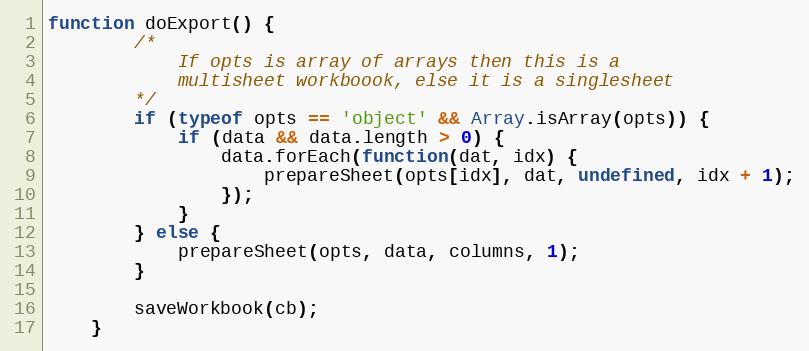
Language: JavaScript
function doExport() {
		/*
			If opts is array of arrays then this is a
			multisheet workboook, else it is a singlesheet
		*/
		if (typeof opts == 'object' && Array.isArray(opts)) {
			if (data && data.length > 0) {
				data.forEach(function(dat, idx) {
					prepareSheet(opts[idx], dat, undefined, idx + 1);
				});
			}
		} else {
			prepareSheet(opts, data, columns, 1);
		}

		saveWorkbook(cb);
	}